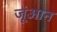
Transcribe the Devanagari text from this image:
जूंआन